Medical and sanitary report on the native army of Bombay for the year
Year: 1877
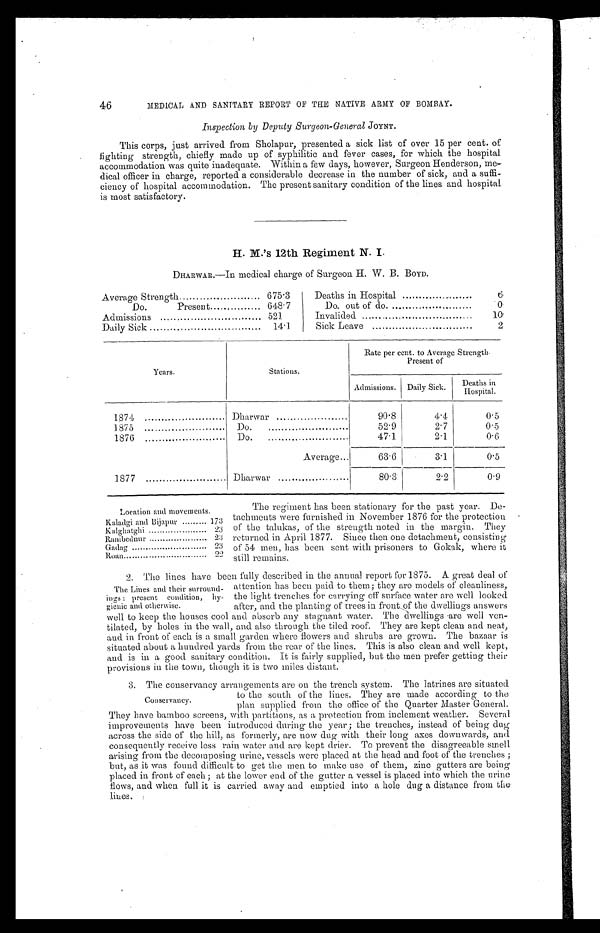
46
MEDICAL AND SANITARY REPORT OF THE NATIVE ARMY OF BOMBAY.
Inspection by Deputy Surgeon,-General JOYNT.
This corps, just arrived from Sholapur, presented a sick list of over 15 per cent. of
fighting strength, chiefly made up of syphilitic and fever cases, for which the hospital
accommodation was quite inadequate. Within a few days, however, Surgeon Henderson, me
dical officer in charge, reported a considerable decrease in the number of sick, and a suffi-
ciency of hospital accommodation. The present sanitary condition of the lines and hospital.
is most satisfactory.
H. M.'s 12th Regiment N. I.
DHARWAR.—In medical charge of Surgeon H. W. B. BOYD.
Average Strength
675.3
Deaths in Hospital.
6
Do. Present
648.7
Do. out of do.
0
Admissions
521
Invalided.
10
Daily Sick
14.1
Sick Leave
2
Years.
Stations.
Rate per cent. to Average Strength.
Present of
Admissions. Daily Sick.
Deat hs i n Hospi t al
1874
Dharwar
90.8
4.4
0.5
1875
Do.
59.9
2.7
0.5
1876
Do.
47.1
2.1
0.6
Average...
63.6
3.1
0.5
1877
Dharwar
80.3
2.2
0.9
Location and movements.
Kaladgi and Bijapur......... 173
Kalghatghi
23
Ranibednur
23
Gadag
23
Roan
2 2
The regiment has been stationary for the past year. De-
tachments were furnished in November 1876 for the protection
of the talukas, of the strength noted in the margin. They
returned in April 1877. Since then one detachment, consisting
of 54 men, has been sent with prisoners to Gokak, where it
still remains.
2. The lines have been fully described in the annual report for 1875. A great deal of
attention has been paid to them; they are models of cleanliness,
the light trenches for carrying off surface water are well looked
after, and. the planting of trees in front of the dwellings answers
well to keep the houses cool and absorb any stagnant water. The dwellings are well ven-
tilated, by holes in the wall, and also through the tiled roof. They are kept clean and neat,
a n d i n f r o n t o f e a c h i s a s m a l l g a r d e n w h e r e f l o w e r s a n d s h r u b s a r e g r o w n . T h e b a z a a r i s
situated about a hundred yards from the rear of the lines. This is also clean and well kept,
and is in a good sanitary condition. It is fairly supplied, but the men prefer getting their
provisions iu the town, though it is two miles distant.
3. The conservancy arrangements are on the trench system. The latrines are situated
They
to the south of the lines. They are made according to the
plan supplied from the office of the Quarter Master General.
They have bamboo screens, with partitions, as a protection from inclement weather. Several
improvements have been introduced during the year; the trenches, instead of being dug
across the side of the hill, as formerly, are now dug with their long axes downwards, and
consequently receive less rain water and are kept drier. To prevent the disagreeable smell
arising from the decomposing urine, vessels were placed at the head and foot of the trenches;
but, as it was found difficult to get the men to make use of them, zinc gutters are being
placed in front of each; at the lower end of the gutter a vessel is placed into which the urine
flows, and when full it is carried away and emptied into a hole dug a distance from the
lines.
The Lines and their surround-
ings: present condition, hy-
gienic and otherwise.
Conservancy.